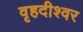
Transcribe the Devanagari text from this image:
वृहदीश्‍वर